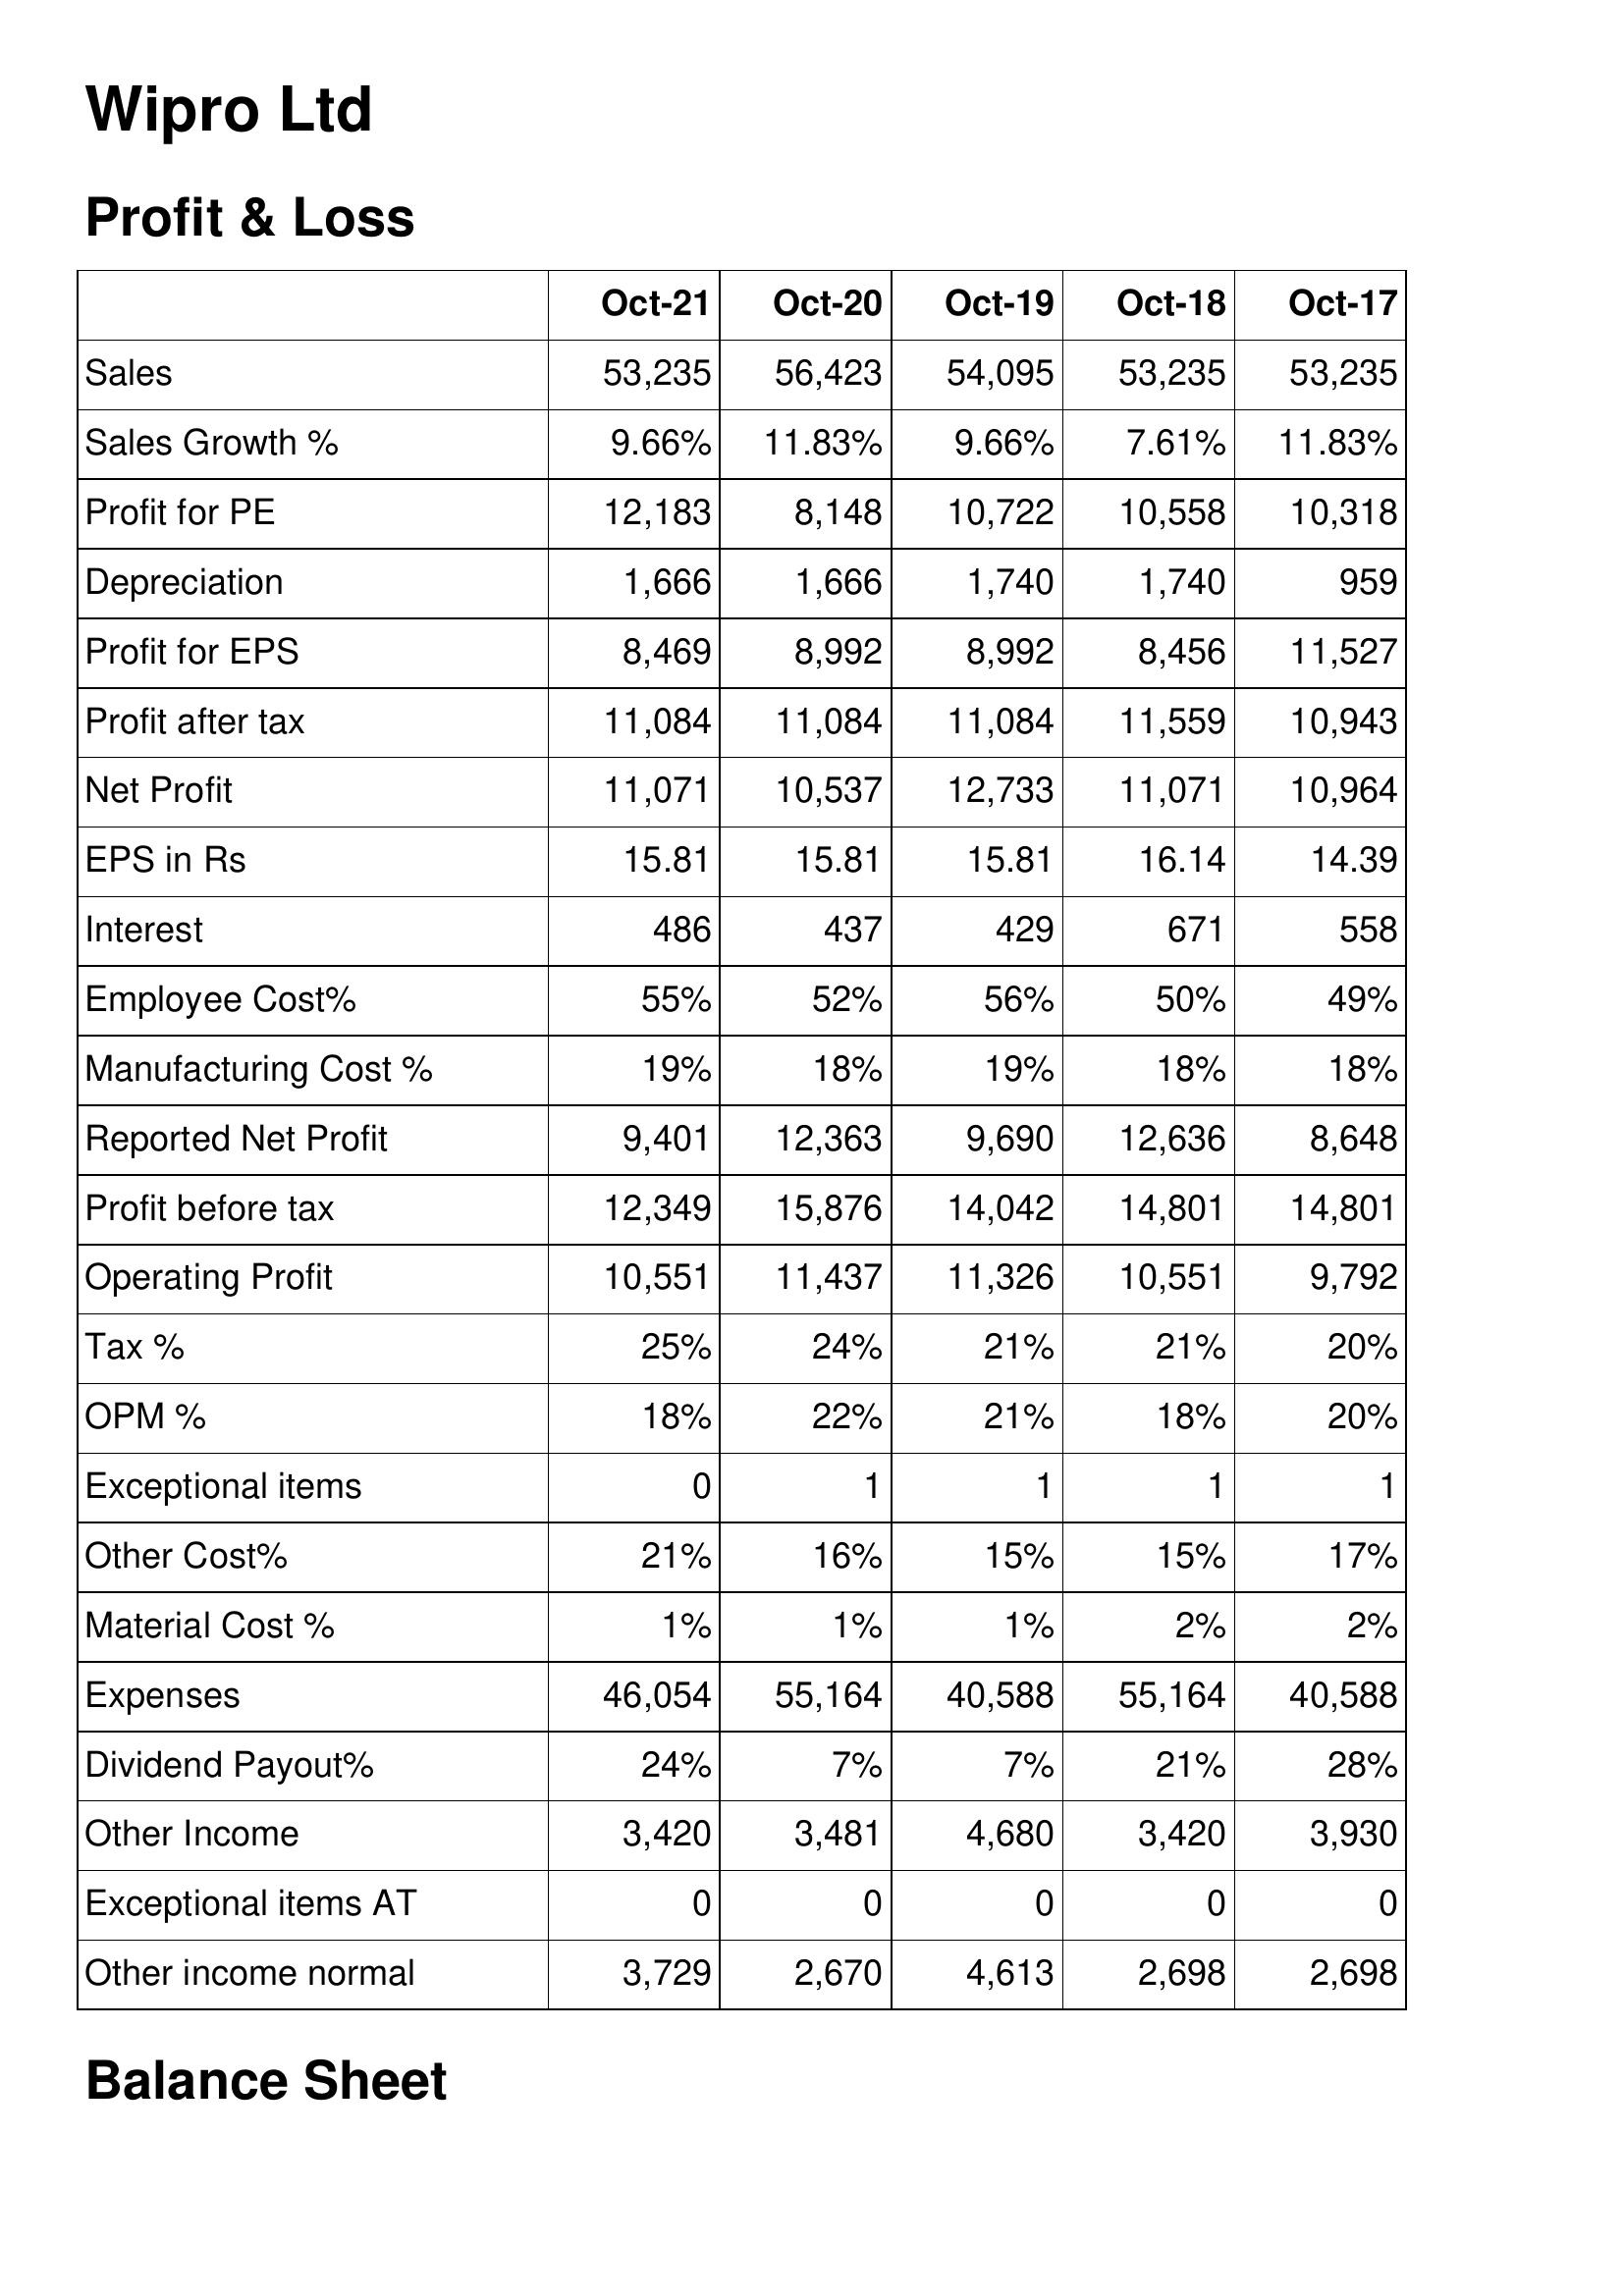
Oct-21: Profit & Loss: Sales: 53,235
Sales Growth %: 9.66%
Profit for PE: 12,183
Depreciation: 1,666
Profit for EPS: 8,469
Profit after tax: 11,084
Net Profit: 11,071
EPS in Rs: 15.81
Interest: 486
Employee Cost%: 55%
Manufacturing Cost %: 19%
Reported Net Profit: 9,401
Profit before tax: 12,349
Operating Profit: 10,551
Tax %: 25%
OPM %: 18%
Exceptional items: 0
Other Cost%: 21%
Material Cost %: 1%
Expenses: 46,054
Dividend Payout%: 24%
Other Income: 3,420
Exceptional items AT: 0
Other income normal: 3,729
Oct-20: Profit & Loss: Sales: 56,423
Sales Growth %: 11.83%
Profit for PE: 8,148
Depreciation: 1,666
Profit for EPS: 8,992
Profit after tax: 11,084
Net Profit: 10,537
EPS in Rs: 15.81
Interest: 437
Employee Cost%: 52%
Manufacturing Cost %: 18%
Reported Net Profit: 12,363
Profit before tax: 15,876
Operating Profit: 11,437
Tax %: 24%
OPM %: 22%
Exceptional items: 1
Other Cost%: 16%
Material Cost %: 1%
Expenses: 55,164
Dividend Payout%: 7%
Other Income: 3,481
Exceptional items AT: 0
Other income normal: 2,670
Oct-19: Profit & Loss: Sales: 54,095
Sales Growth %: 9.66%
Profit for PE: 10,722
Depreciation: 1,740
Profit for EPS: 8,992
Profit after tax: 11,084
Net Profit: 12,733
EPS in Rs: 15.81
Interest: 429
Employee Cost%: 56%
Manufacturing Cost %: 19%
Reported Net Profit: 9,690
Profit before tax: 14,042
Operating Profit: 11,326
Tax %: 21%
OPM %: 21%
Exceptional items: 1
Other Cost%: 15%
Material Cost %: 1%
Expenses: 40,588
Dividend Payout%: 7%
Other Income: 4,680
Exceptional items AT: 0
Other income normal: 4,613
Oct-18: Profit & Loss: Sales: 53,235
Sales Growth %: 7.61%
Profit for PE: 10,558
Depreciation: 1,740
Profit for EPS: 8,456
Profit after tax: 11,559
Net Profit: 11,071
EPS in Rs: 16.14
Interest: 671
Employee Cost%: 50%
Manufacturing Cost %: 18%
Reported Net Profit: 12,636
Profit before tax: 14,801
Operating Profit: 10,551
Tax %: 21%
OPM %: 18%
Exceptional items: 1
Other Cost%: 15%
Material Cost %: 2%
Expenses: 55,164
Dividend Payout%: 21%
Other Income: 3,420
Exceptional items AT: 0
Other income normal: 2,698
Oct-17: Profit & Loss: Sales: 53,235
Sales Growth %: 11.83%
Profit for PE: 10,318
Depreciation: 959
Profit for EPS: 11,527
Profit after tax: 10,943
Net Profit: 10,964
EPS in Rs: 14.39
Interest: 558
Employee Cost%: 49%
Manufacturing Cost %: 18%
Reported Net Profit: 8,648
Profit before tax: 14,801
Operating Profit: 9,792
Tax %: 20%
OPM %: 20%
Exceptional items: 1
Other Cost%: 17%
Material Cost %: 2%
Expenses: 40,588
Dividend Payout%: 28%
Other Income: 3,930
Exceptional items AT: 0
Other income normal: 2,698